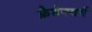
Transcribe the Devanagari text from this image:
फ्रैडेनबर्ग